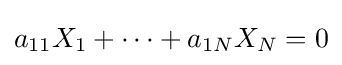
a_{11}X_{1}+\cdots +a_{1N}X_{N}=0